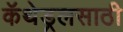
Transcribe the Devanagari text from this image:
कॅथेड्रलसाठी